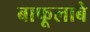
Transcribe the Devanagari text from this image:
बाफूलाबे